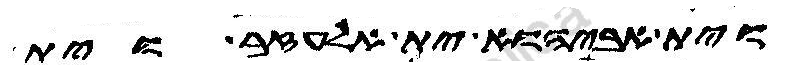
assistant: וית אביהוא ית אלעזר וית